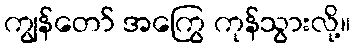
ကျွန်တော် အကြွေ ကုန်သွားလို့။